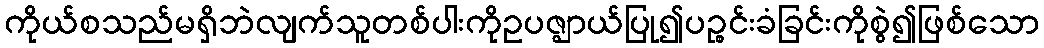
ကိုယ်စသည်မရှိဘဲလျက်သူတစ်ပါးကိုဥပဇ္ဈာယ်ပြု၍ပဉ္စင်းခံခြင်းကိုစွဲ၍ဖြစ်သော